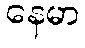
နေမာ